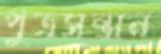
পুত্রসন্তান